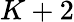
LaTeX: K+2